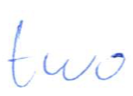
Text: two
Cross-out: clean
Writing tool: ballpoint